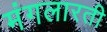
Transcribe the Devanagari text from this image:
मंगलारती